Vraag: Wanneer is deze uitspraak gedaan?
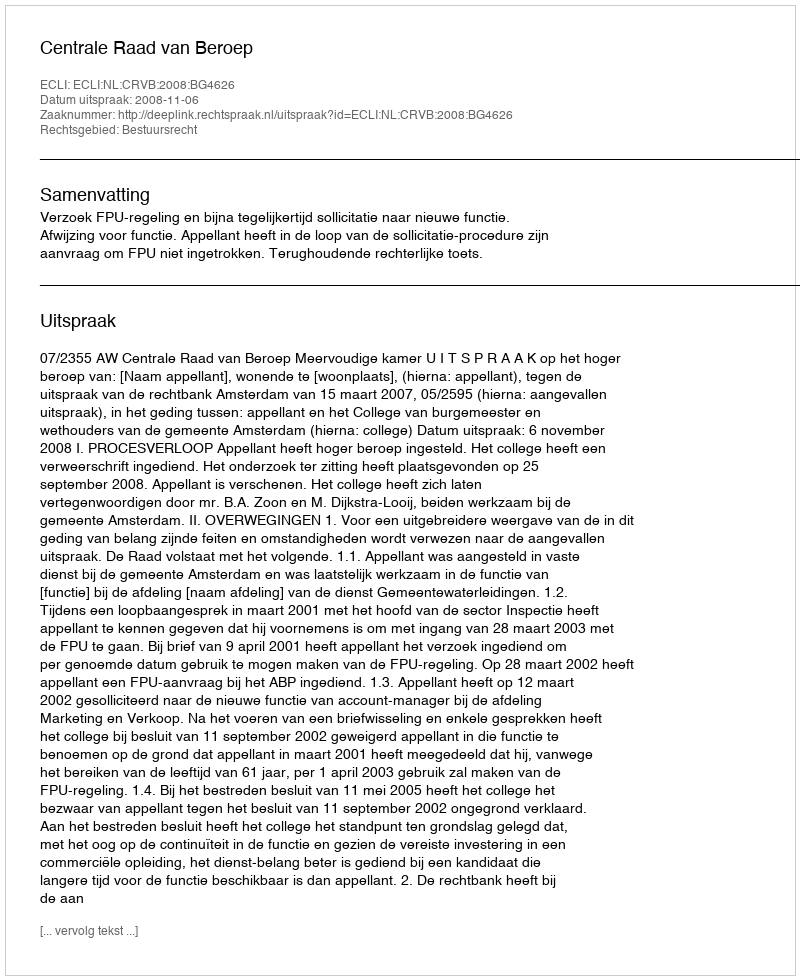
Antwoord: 2008-11-06